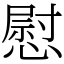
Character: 慰